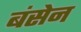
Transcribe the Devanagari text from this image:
बंसेन